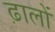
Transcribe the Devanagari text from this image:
ढ़ालों